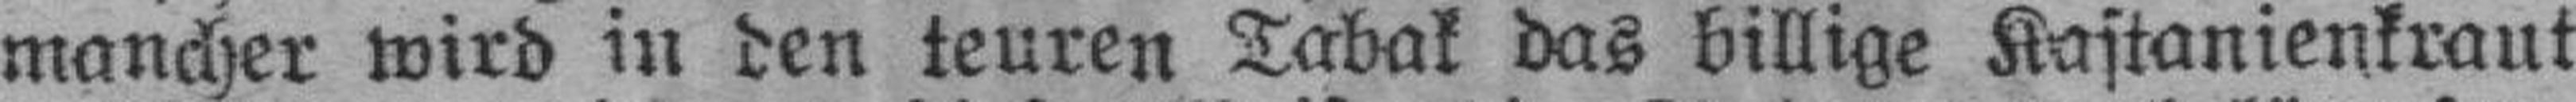
mancher wird in den teuren Tabak das billige Kastanienkraut